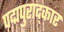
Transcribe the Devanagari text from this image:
पद्मपुराद्कार